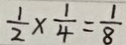
\frac { 1 } { 2 } \times \frac { 1 } { 4 } = \frac { 1 } { 8 }